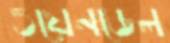
ওয়েনডেল